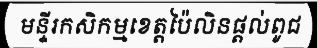
មន្ទីរកសិកម្មខេត្តប៉ៃលិនផ្តល់ពូជ